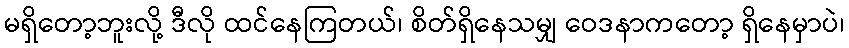
မရှိတော့ဘူးလို့ ဒီလို ထင်နေကြတယ်၊ စိတ်ရှိနေသမျှ ဝေဒနာကတော့ ရှိနေမှာပဲ၊